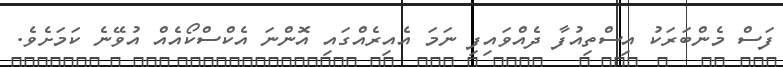
ފަސް މެންބަރަކު އިސްތިއުފާ ދެއްވައިފި ނަމަ އެއިރެއްގައި އޮންނަ އެކްސްކޯއެއް އުވޭނެ ކަމަށެވެ.